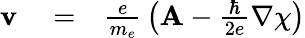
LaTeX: \begin{array}{rlr}{{\mathbf v}}&{{}=}&{{\frac{e}{m_{e}}}\left({\mathbf A}-{\frac{\hbar}{2e}}\nabla\chi\right)}\end{array}